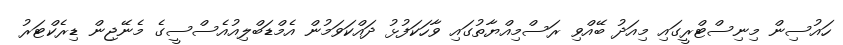
ހައުސިން މިނިސްޓްރީގައި މިއަދު ބޭއްވި ރަސްމިއްޔާތުގައި ވާހަކަފުޅު ދައްކަވަމުން އެމްޑަބްލިއުއެސްސީގެ މެނޭޖިން ޑިރެކްޓަރު